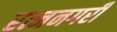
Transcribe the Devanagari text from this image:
रत्ननगरी